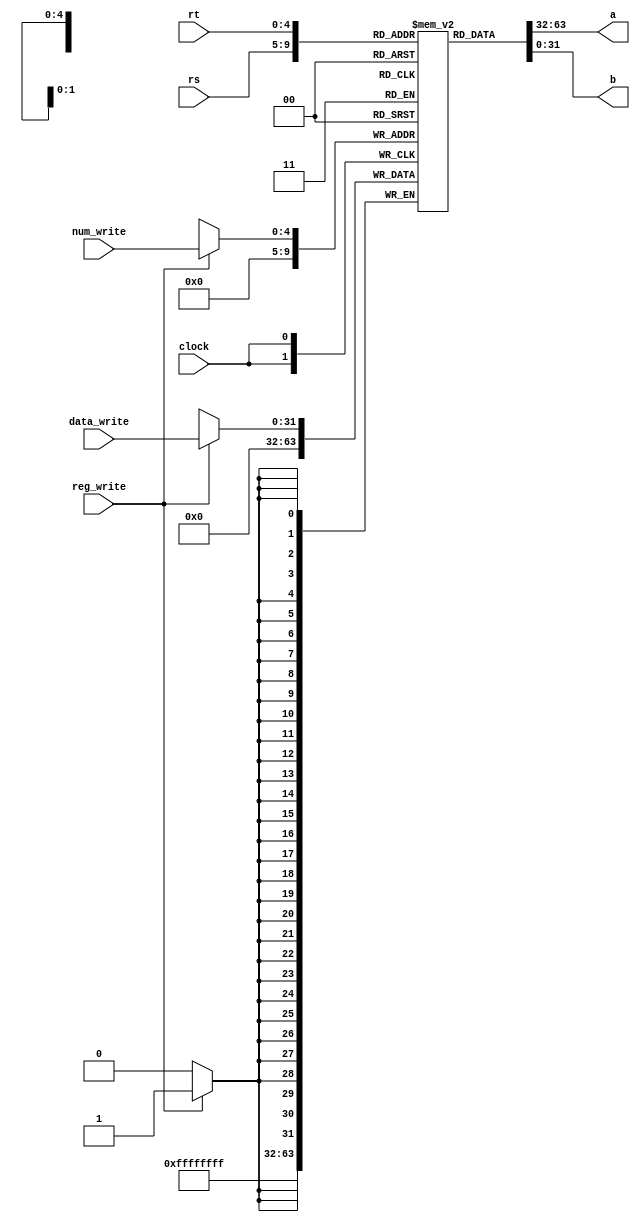
module gpr(a,b,clock,reg_write,num_write,rs,rt,data_write);
output [31:0] a;  
output [31:0] b;
input clock;
input reg_write;
input [4:0] rs; //1
input [4:0] rt; //2
input [4:0] num_write; //
input [31:0] data_write; //
reg [31:0] gp_registers[31:0];


always @(posedge clock) 
    begin
    if(reg_write)
        gp_registers[num_write] <= data_write;
    gp_registers[0] <= 0;
    end
    
assign a = gp_registers[rs];
assign b = gp_registers[rt];
endmodule